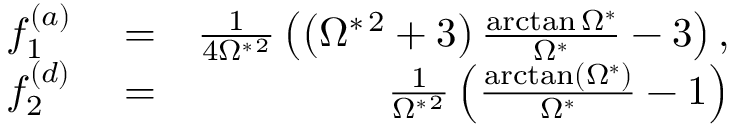
\begin{array} { r l r } { f _ { 1 } ^ { ( a ) } } & { { } = } & { \frac { 1 } { 4 \Omega ^ { * \, 2 } } \left( \left( \Omega ^ { * \, 2 } + 3 \right) \frac { \arctan \Omega ^ { * } } { \Omega ^ { * } } - 3 \right) , } \\ { f _ { 2 } ^ { ( d ) } } & { { } = } & { \frac { 1 } { \Omega ^ { * \, 2 } } \left( \frac { \arctan \left( \Omega ^ { * } \right) } { \Omega ^ { * } } - 1 \right) } \end{array}